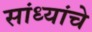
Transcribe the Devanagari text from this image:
सांध्यांचे